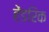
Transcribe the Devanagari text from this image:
हेंडरिक